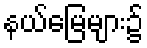
နယ်မြေများ၌